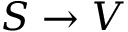
S \rightarrow V